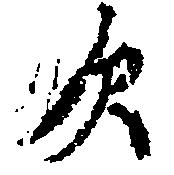
次